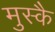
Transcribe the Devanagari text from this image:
मुस्कै